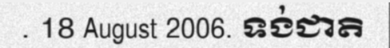
. 18 August 2006. ទង់ជាតិ